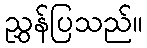
ညွှန်ပြသည်။